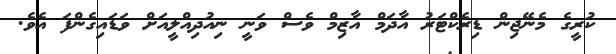
ކުރީގެ މެނޭޖިން ޑިރެކްޓަރު އާދަމް އާޒިމް ވެސް ވަނީ ނިއުދިއްލީއަށް ވަޑައިގެންފަ އެވެ.